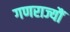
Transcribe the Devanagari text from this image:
गणराज्यौं